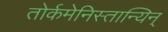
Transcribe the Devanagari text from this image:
तोर्कमेनिस्तान्यिन्